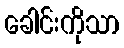
ခေါင်းကိုသာ